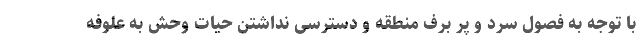
با توجه به فصول سرد و پر برف منطقه و دسترسی نداشتن حیات وحش به علوفه